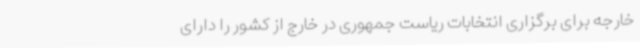
خارجه برای برگزاری انتخابات ریاست جمهوری در خارج از کشور را دارای